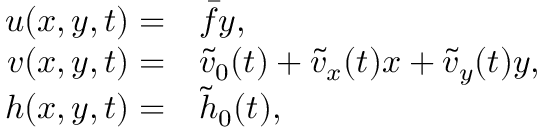
\begin{array} { r l } { { u } ( x , y , t ) = } & { { } \bar { f } y , } \\ { { v } ( x , y , t ) = } & { { } \tilde { v } _ { 0 } ( t ) + \tilde { v } _ { x } ( t ) x + \tilde { v } _ { y } ( t ) y , } \\ { { h } ( x , y , t ) = } & { { } \tilde { h } _ { 0 } ( t ) , } \end{array}